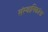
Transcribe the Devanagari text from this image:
संस्थानिकांना